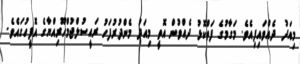
މިއަދު ދެއްވައިފިއެވެ. މަގާމުގެ ފަތްކޮޅު ދެއްވުން އޮތީ މިއަދު މެންދުރުފަހު ރައީސުލްޖުމްހޫރިއްޔާގެ އޮފީހުގައެވެ.